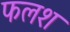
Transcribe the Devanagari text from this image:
फलश